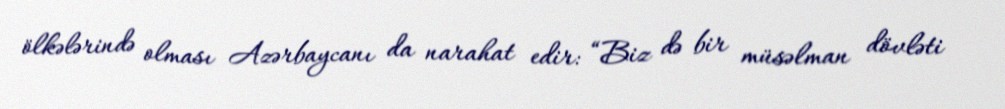
ölkələrində olması Azərbaycanı da narahat edir: “Biz də bir müsəlman dövləti